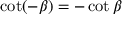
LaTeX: \cot ( - \beta ) = - \cot \beta